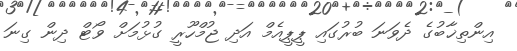
އިންތިޚާބުގެ ދެވަނަ ބުރުގައި ޕީޕީއެމް އަދި ޖުމްހޫރީ ގުޅުމަށް ވޯޓް ދިން ގިނަ